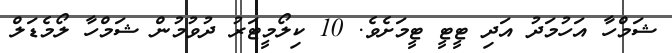
ޝަމްހާ އަހުމަދު އަދި ޓީޓީ ޓީމަށެވެ. 10 ކިލޯމީޓަރު ދުވުމުން ޝަމްހާ ލޯމެޑަލް